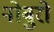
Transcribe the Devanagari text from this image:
नोबुरो